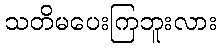
သတိမပေးကြဘူးလား